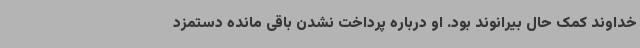
خداوند کمک حال بیرانوند بود. او درباره پرداخت نشدن باقی مانده دستمزد